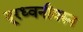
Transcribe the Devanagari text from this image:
दूरध्वनीवरुन